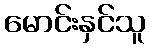
မောင်းနှင်သူ